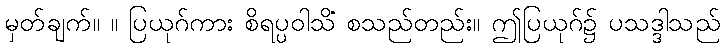
မှတ်ချက်။ ။ ပြယုဂ်ကား စိရပ္ပဝါသိံ စသည်တည်း။ ဤပြယုဂ်၌ ပသဒ္ဒါသည်